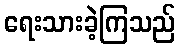
ရေးသားခဲ့ကြသည်